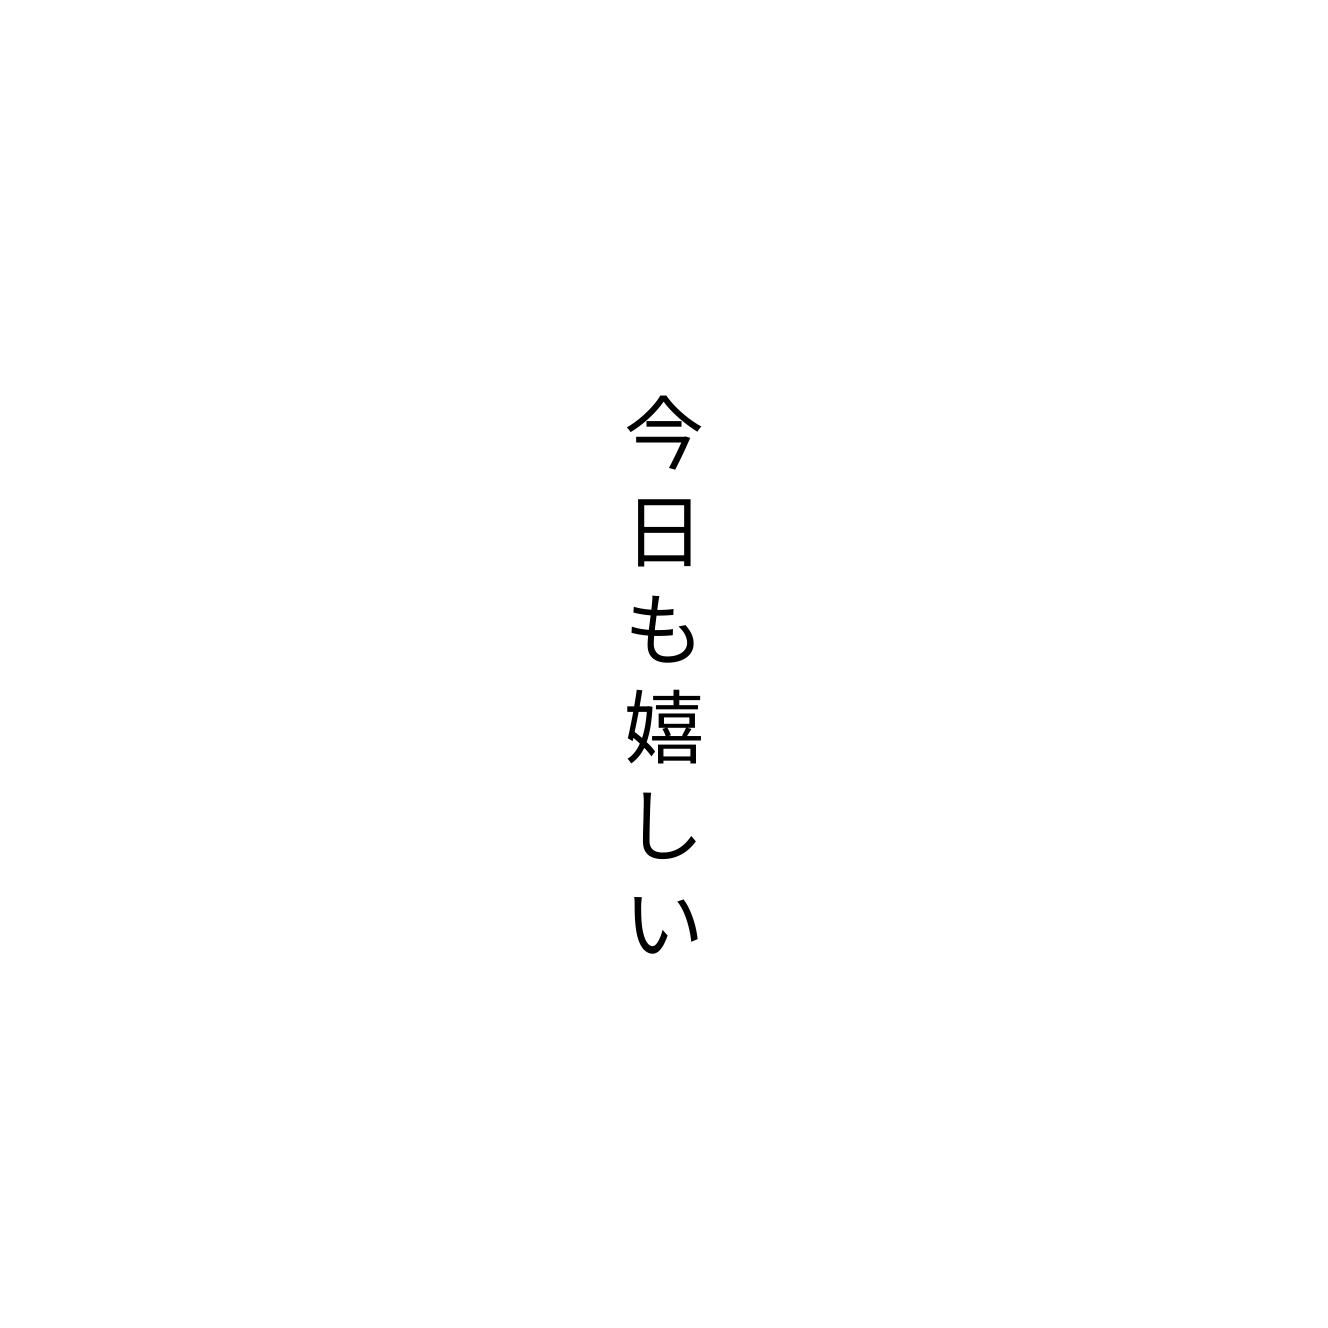
今日も嬉しい